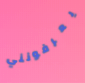
يعرفونني